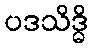
ပဒသိဒ္ဓိ